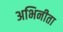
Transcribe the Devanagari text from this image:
अभिनीता